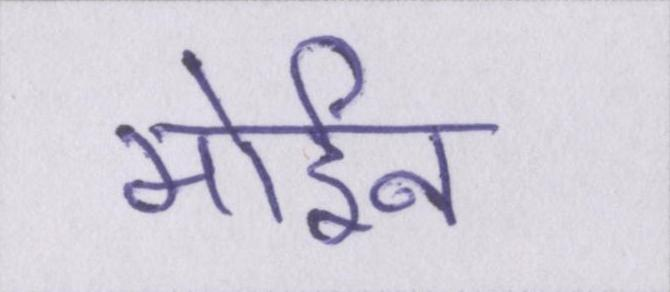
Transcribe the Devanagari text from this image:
मोईन